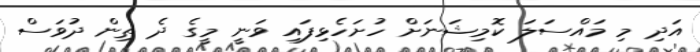
އަދި މި މައްސަލަ ކޮމިޝަނަށް ހުށަހެޅިފައި ވަނީ މީގެ ދެ ތިން ދުވަސް